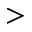
>